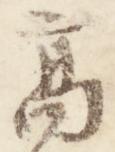
高